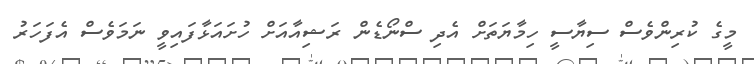
މީގެ ކުރިންވެސް ސިޔާސީ ހިމާޔަތަށް އެދި ސްނޯޑެން ރަޝިއާއަށް ހުށައަޅާފައިވީ ނަމަވެސް އެފަހަރު